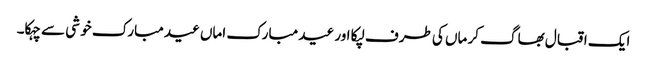
ایک اقبال بھاگ کر ماں کی طرف لپکا اور عید مبارک اماں عید مبارک خو شی سے چہکا۔